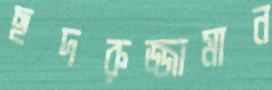
ছদরুজ্জামান